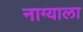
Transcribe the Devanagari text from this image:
नाग्याला